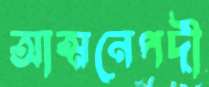
আত্মনেপদী